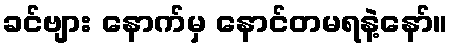
ခင်ဗျား နောက်မှ နောင်တမရနဲ့နော်။